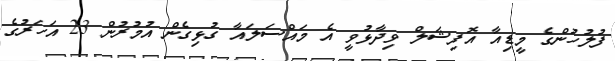
ފުލުހުންގެ މީޑިއާ އޮފިޝަލް ވިދާޅުވީ އެ މައްސަލައާ ގުޅިގެން އުމުރުން 23 އަހަރުގެ